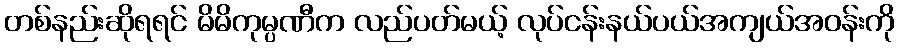
တစ်နည်းဆိုရရင် မိမိကုမ္ပဏီက လည်ပတ်မယ့် လုပ်ငန်းနယ်ပယ်အကျယ်အဝန်းကို